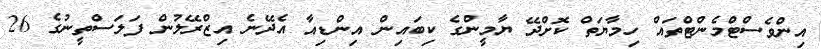
އިންވެސްޓްމެންޓްތައް ހިމާޔަތް ކޮށްދޭ ޔާމީންގެ ކިބައިން އިންޑިއާ އެދޭނެ އިޒްރޭލުން ފަލަސްތީނުގެ 26